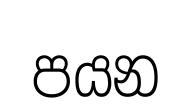
පයන